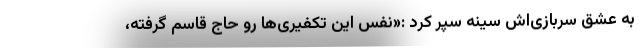
به عشق سربازی‌اش سینه سپر کرد :«نفس این تکفیری‌ها رو حاج قاسم گرفته،